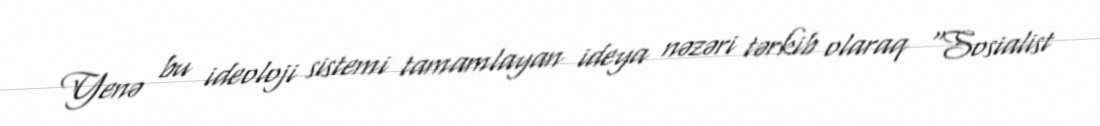
Yenə bu ideoloji sistemi tamamlayan ideya nəzəri tərkib olaraq "Sosialist